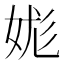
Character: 娏